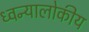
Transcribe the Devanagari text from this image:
ध्वन्यालोकीय